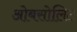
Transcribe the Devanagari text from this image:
ओबसोलिट